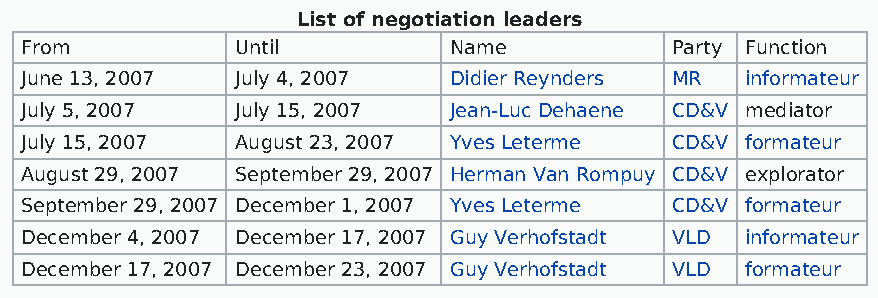
List of negotiation leaders
 From           Until         Name          Party Function
 June 13, 2007  July 4, 2007  Didier Reynders MR informateur
 July 5, 2007   July 15, 2007 Jean-Luc Dehaene CD&V mediator
 July 15, 2007  August 23, 2007 Yves Leterme CD&V formateur
 August 29, 2007 September 29, 2007 Herman Van Rompuy CD&V explorator
 September 29, 2007 December 1, 2007 Yves Leterme CD&V formateur
 December 4, 2007 December 17, 2007 Guy Verhofstadt VLD informateur
 December 17, 2007 December 23, 2007 Guy Verhofstadt VLD formateur